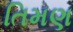
તિમણ